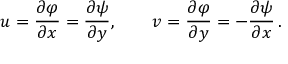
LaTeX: u = { \frac { \partial \varphi } { \partial x } } = { \frac { \partial \psi } { \partial y } } , \qquad v = { \frac { \partial \varphi } { \partial y } } = - { \frac { \partial \psi } { \partial x } } \, .